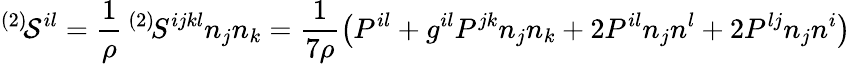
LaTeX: ^{(2)}\! {\cal S}^{il}=\frac 1\rho\, ^{(2)}\! S^{ijkl}n_{j}n_{k}=\frac 1{7\rho}\left(P^{il}+g^{il}P^{jk}n_{j}n_{k}+2P^{il}n_{j}n^{l}+2P^{lj}n_{j}n^{i}\right)